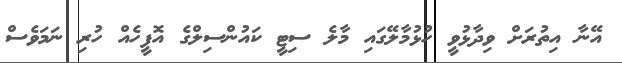
އޭނާ އިތުރަށް ވިދާޅުވީ ހުޅުމާލޭގައި މާލެ ސިޓީ ކައުންސިލްގެ އޮފީހެއް ހުރި ނަމަވެސް